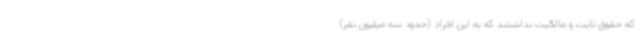
که حقوق ثابت و مالکیت نداشتند که به این افراد (حدود سه میلیون نفر)